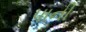
પાની